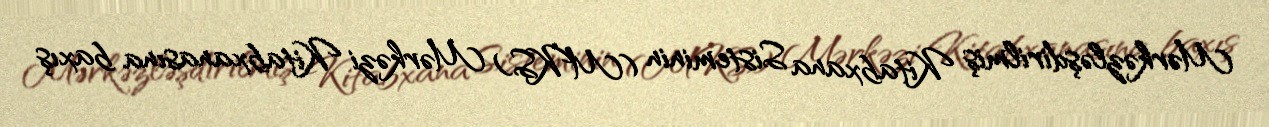
Mərkəzləşdirilmiş Kitabxana Sisteminin (MKS) Mərkəzi Kitabxanasına baxış